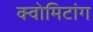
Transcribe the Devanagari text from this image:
क्वोमिटांग